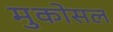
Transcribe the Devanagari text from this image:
मुकोसल